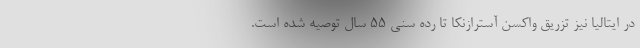
در ایتالیا نیز تزریق واکسن آسترازنکا تا رده سنی 55 سال توصیه شده است.